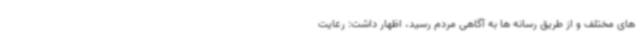
های مختلف و از طریق رسانه ها به آگاهی مردم رسید، اظهار داشت: رعایت